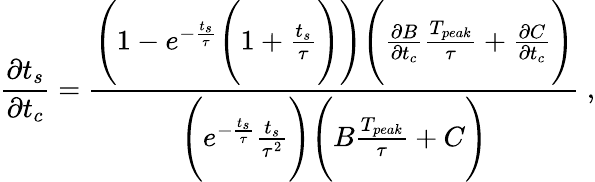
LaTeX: \frac{\partial t_{s}}{\partial t_{c}}=\frac{\Bigg(1-e^{-\frac{t_{s}}{\tau}}\Bigg(1+\frac{t_{s}}{\tau}\Bigg)\Bigg)\Bigg(\frac{\partial B}{\partial t_{c}}\frac{T_{peak}}{\tau}+\frac{\partial C}{\partial t_{c}}\Bigg)}{\Bigg(e^{-\frac{t_{s}}{\tau}}\frac{t_{s}}{\tau^{2}}\Bigg)\Bigg(B\frac{T_{peak}}{\tau}+C\Bigg)}~,